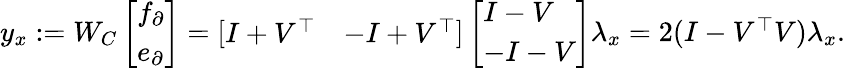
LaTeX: \begin{array}{r}{y_{x}:=W_{C}\left[\begin{array}{l}{f_{\partial}}\\ {e_{\partial}}\end{array}\right]=\left[\begin{array}{ll}{I+V^{\top}}&{-I+V^{\top}}\end{array}\right]\left[\begin{array}{l}{I-V}\\ {-I-V}\end{array}\right]\lambda_{x}=2(I-V^{\top}V)\lambda_{x}.}\end{array}